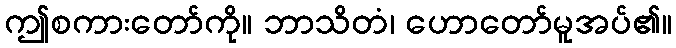
ဤစကားတော်ကို။ ဘာသိတံ၊ ဟောတော်မူအပ်၏။